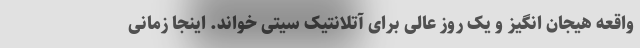
واقعه هیجان انگیز و یک روز عالی برای آتلانتیک سیتی خواند. اینجا زمانی